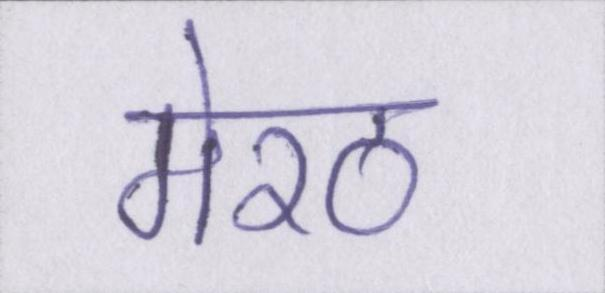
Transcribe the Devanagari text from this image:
मेरठ